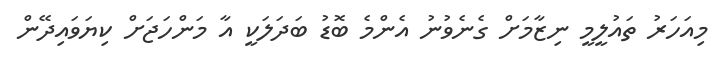
މިއަހަރު ތައުލީމީ ނިޒާމަށް ގެނެވުނު އެންމެ ބޮޑު ބަދަލަކީ އާ މަންހަޖަށް ކިޔަވައިދޭން